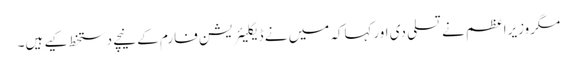
مگروزیراعظم نے تسلی دی اورکہاکہ میں نے ڈیکلیئریشن فارم کے نیچے دستخط کیے ہیں۔